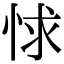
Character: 㤹